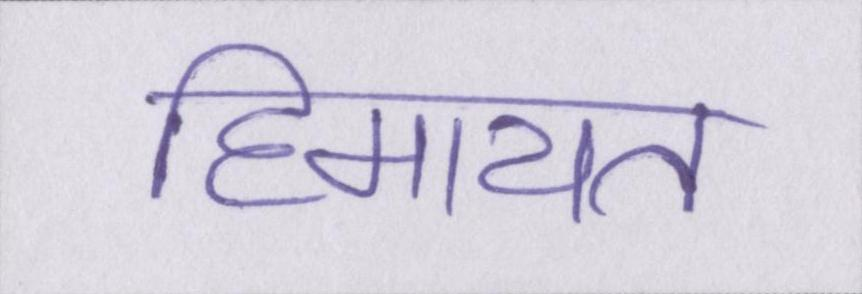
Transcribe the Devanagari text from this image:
हिमायत